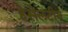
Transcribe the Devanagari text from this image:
हेसेलटीन